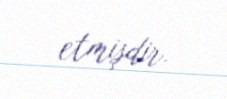
etmişdir.